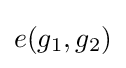
e(g_{1},g_{2})